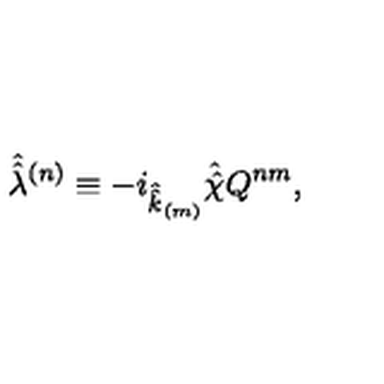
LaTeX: \hat { \hat { \lambda } } { } ^ { ( n ) } \equiv - i _ { \hat { \hat { k } } _ { \scriptscriptstyle ( m ) } } \hat { \hat { \chi } } Q ^ { n m } ,